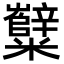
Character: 糱